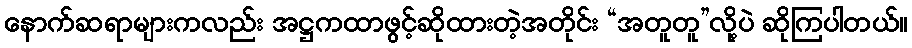
နောက်ဆရာများကလည်း အဋ္ဌကထာဖွင့်ဆိုထားတဲ့အတိုင်း “အတူတူ”လို့ပဲ ဆိုကြပါတယ်။